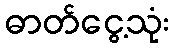
ဓာတ်ငွေ့သုံး